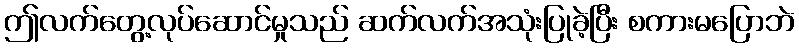
ဤလက်တွေ့လုပ်ဆောင်မှုသည် ဆက်လက်အသုံးပြုခဲ့ပြီး စကားမပြောဘဲ